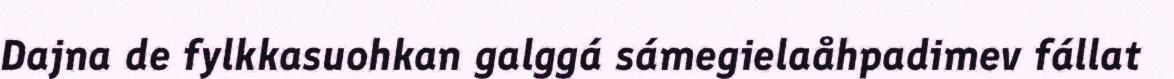
Dajna de fylkkasuohkan galggá sámegielaåhpadimev fállat